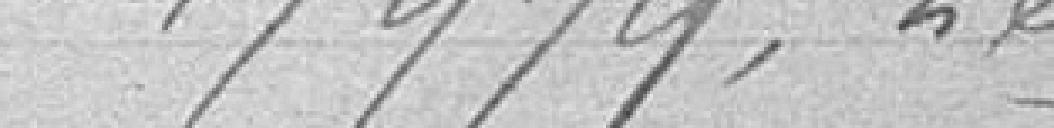
47.979,26